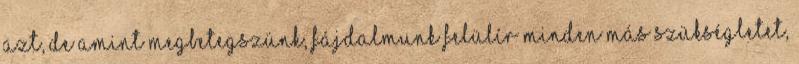
azt, de amint megbetegszünk, fájdalmunk felülír minden más szükségletet,